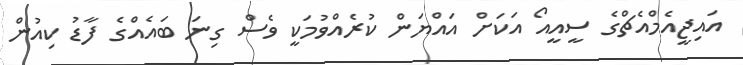
އައިޖީއެމްއެޗްގެ ސީއީއޯ އަކަށް އައްޔަން ކުރެއްވުމަކީ ވެސް ގިނަ ބައެއްގެ ފާޑު ކިއުން